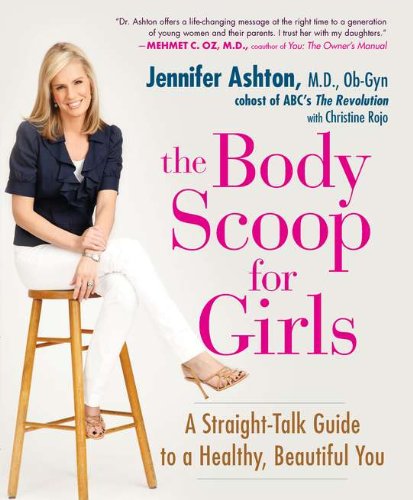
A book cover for The Body Scoop for Girls: A Straight-Talk Guide to a Healthy, Beautiful You; Christine Rojo; Teen & Young Adult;